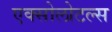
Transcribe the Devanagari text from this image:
एक्सोलोटल्स